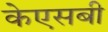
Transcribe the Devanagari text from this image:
केएसबी